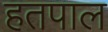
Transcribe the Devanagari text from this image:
हतपाल